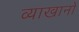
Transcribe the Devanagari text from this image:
व्याखानों